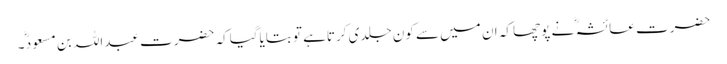
حضرت عائشہ ؓ نے پوچھا کہ ان میں سے کون جلدی کرتاہے تو بتایاگیاکہ حضرت عبداللہ بن مسعود ؓ۔